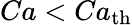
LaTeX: Ca<Ca_{\mathrm{th}}